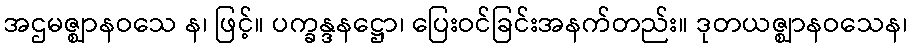
အဌမဇ္ဈာနဝသေ န၊ ဖြင့်။ ပက္ခန္ဒနဋ္ဌော၊ ပြေးဝင်ခြင်းအနက်တည်း။ ဒုတယဇ္ဈာနဝသေန၊